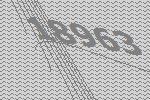
18963